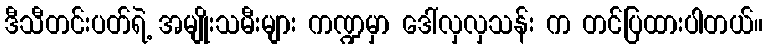
ဒီသီတင်းပတ်ရဲ့ အမျိုးသမီးများ ကဏ္ဍမှာ ဒေါ်လှလှသန်း က တင်ပြထားပါတယ်။